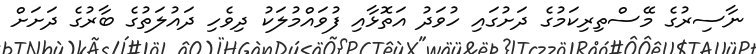
ނާސިރުގެ މޭސްތިރިކަމުގެ ދަށުގައި ހުވަދު އަތޮޅާއި ފުވައްމުލަކު ދިވެހި ދައުލަތުގެ ބާރުގެ ދަށަށް